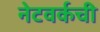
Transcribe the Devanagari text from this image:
नेटवर्कची